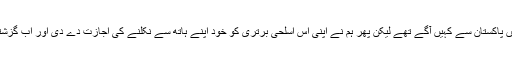
لیکن بھادوریہ نے تو یہ اعتراف بھی کر لیا ہے کہ: ”کارگل وار میں ہم ماورائے دید (BVR) ٹیکنالوجی میں پاکستان سے کہیں آگے تھے لیکن پھر ہم نے اپنی اس اسلحی برتری کو خود اپنے ہاتھ سے نکلنے کی اجازت دے دی اور اب گزشتہ 15برسوں سے اس کوشش میں لگے ہوئے ہیں کہ اپنے حریف پر اس ٹیکنالوجی میں سبقت حاصل کریں۔